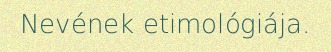
Nevének etimológiája.